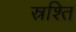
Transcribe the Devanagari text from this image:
स्रश्ति